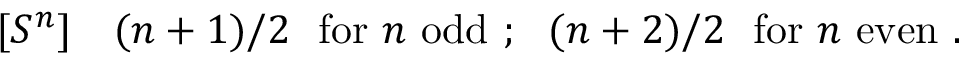
[ S ^ { n } ] ~ ~ ~ ( n + 1 ) / 2 ~ ~ \mathrm { f o r } ~ n ~ \mathrm { o d d } ~ ; ~ ~ ( n + 2 ) / 2 ~ ~ \mathrm { f o r } { } ~ n ~ \mathrm { e v e n } ~ .